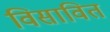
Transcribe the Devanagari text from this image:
विसावित